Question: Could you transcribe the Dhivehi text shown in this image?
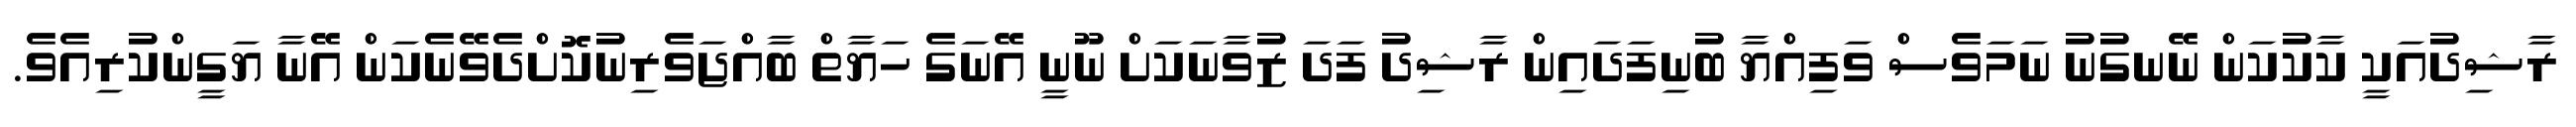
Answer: ރާޝިދުއަކީ ކާކުކަން ނޭނގުނު ނަމަވެސް ވަފިއްޔާ ބުނިފަދައިން ރާޝިދު ފަދަ ޒުވާނަކަށް ނޫނީ އޭނަގެ ހަޔާތް ބާއްޖަވެރިނުކޮށްދެވޭނެކަން އޭނާ ޔަގީންކުރިއެވެ.